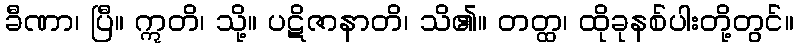
ခီဏာ၊ ပြီ။ ဣတိ၊ သို့။ ပဋိဇာနာတိ၊ သိ၏။ တတ္ထ၊ ထိုခုနစ်ပါးတို့တွင်။